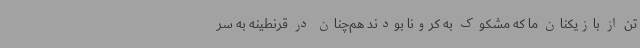
تن از بازیکنان ما که مشکوک به کرونا بودند هم‌چنان در قرنطینه به سر